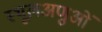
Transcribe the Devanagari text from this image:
स्थूलअणुओं